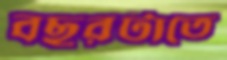
বছরটাতে